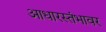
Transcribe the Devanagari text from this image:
आधारस्तंभावर